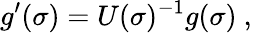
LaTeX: g^{\prime}(\sigma)=U(\sigma)^{-1}g(\sigma)~,~~